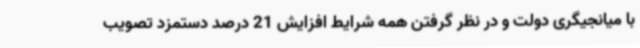
با میانجیگری دولت و در نظر گرفتن همه شرایط افزایش 21 درصد دستمزد تصویب